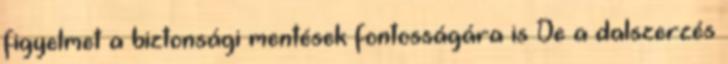
figyelmet a biztonsági mentések fontosságára is De a dalszerzés